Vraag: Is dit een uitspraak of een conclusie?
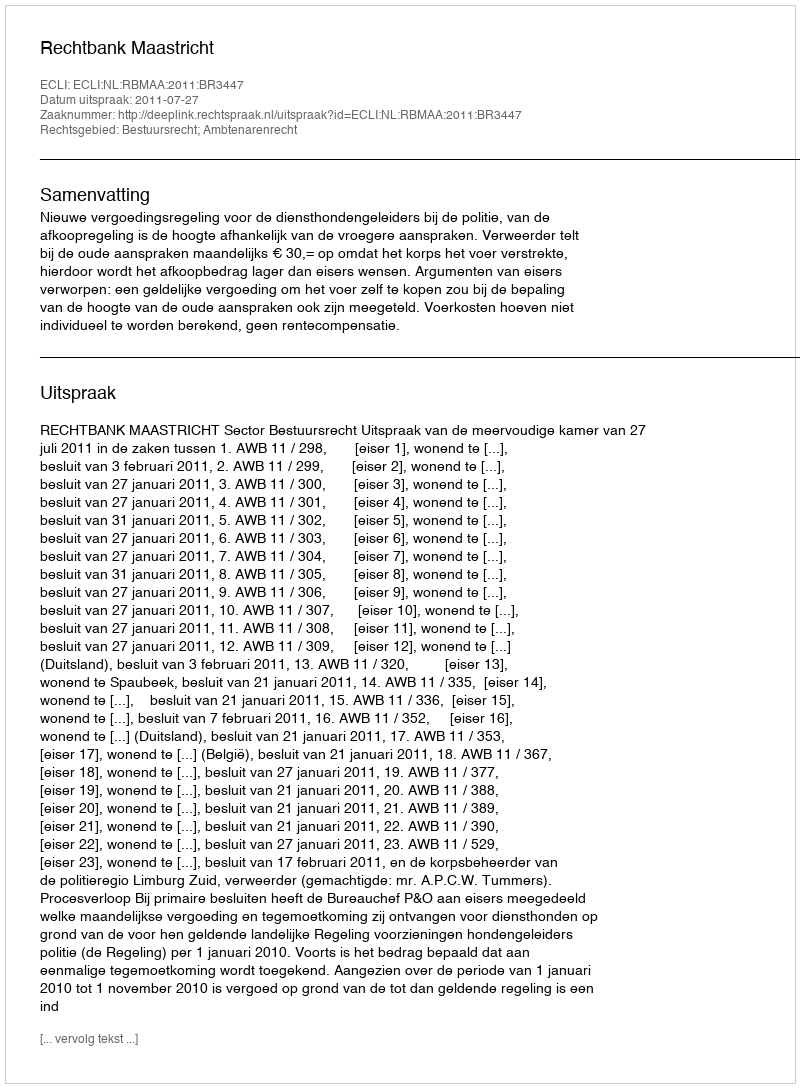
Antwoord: Uitspraak